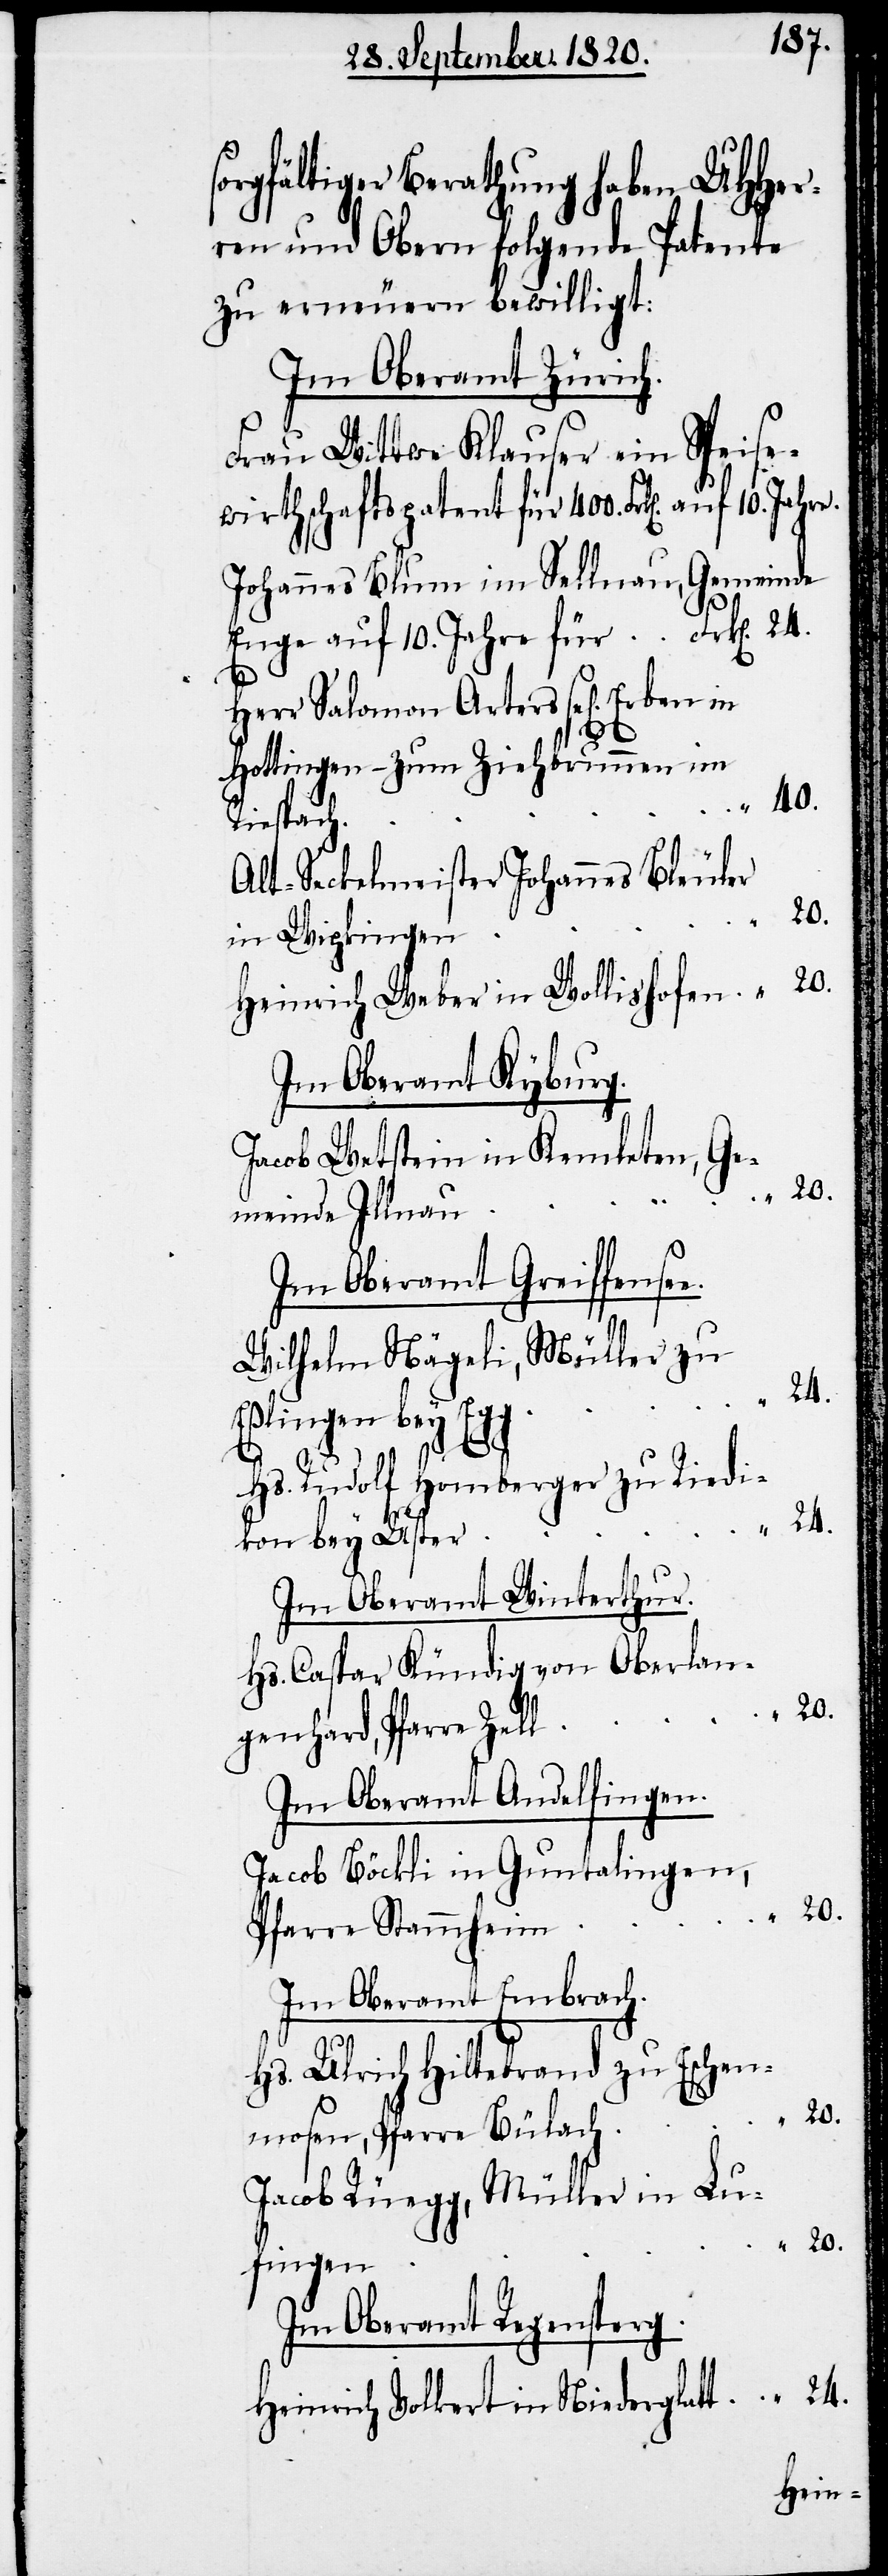
orgfältiger Berathung haben UHHer¬
ren und Obern folgende patente
zu erneuern bewilligt:
Im Oberamt Zürich.
Frau Wittwe Klauser ein Speise¬
wirthschaftspatent für 400. Frk[en]. auf
Johannes Blum im Sellnau, Gemeinde
Enge auf 10. Jahre für	Frk[en].	24.
Herr Salomon Arters sel[igen].
t
Alt-Seckelmeister Johannes Bleuler
10.
in Wipkingen
Heinrich Weber in Wollishofen
Im Oberamt Kyburg.
Jacob Wettstein in Kemleten, Ge¬
Im Oberamt Greiffense¬
Wilhelm Nägeli, Müller zu
kon bey
Hs. Rudolf Homberger zu Riedi¬
Im Oberamt Winterthur.
Hs. Caspar Kündig von Oberlan¬
genhard, Pfarre
Im Oberamt Andelfingen.
Jacob Böckli in Guntalingen,
e.
Im Oberamt Embrach.
Hs. Ulrich Hiltebrand zu Eschen¬
mosen, Pfarre Bülac¬
Jacob Rüegg, Müller in
meinde
Im Oberamt Regensperg.
Heinrich Volkert in Niederglat¬